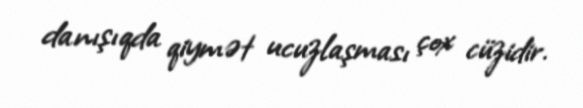
danışıqda qiymət ucuzlaşması çox cüzidir.